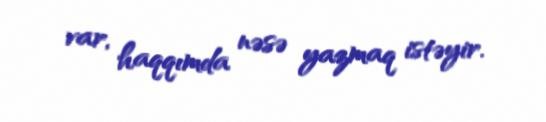
var, haqqımda nəsə yazmaq istəyir.